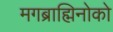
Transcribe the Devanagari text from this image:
मगब्राह्मिनोको